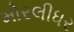
મોરલીધર